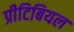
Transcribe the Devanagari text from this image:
प्रीटिबियल